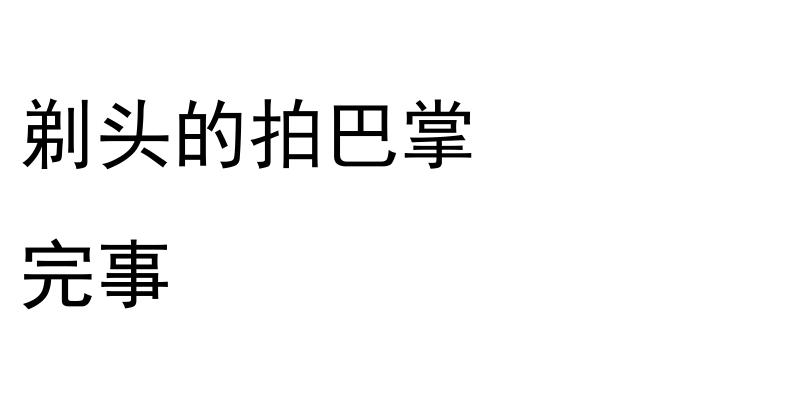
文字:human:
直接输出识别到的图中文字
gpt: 剃头的拍巴掌 完事